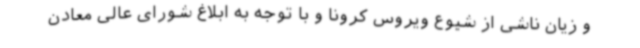
و زیان ناشی از شیوع ویروس کرونا و با توجه به ابلاغ شورای عالی معادن